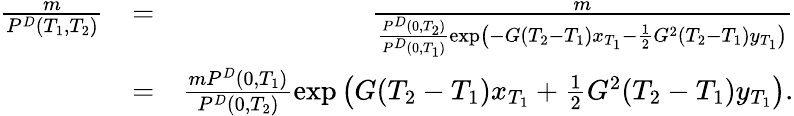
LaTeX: \begin{array}{rlr}{\frac{m}{P^{D}(T_{1},T_{2})}}&{=}&{\frac{m}{\frac{P^{D}(0,T_{2})}{P^{D}(0,T_{1})}\exp\left(-G(T_{2}-T_{1})x_{T_{1}}-\frac{1}{2}G^{2}(T_{2}-T_{1})y_{T_{1}}\right)}}\\ &{=}&{\frac{mP^{D}(0,T_{1})}{P^{D}(0,T_{2})}\exp\left(G(T_{2}-T_{1})x_{T_{1}}+\frac{1}{2}G^{2}(T_{2}-T_{1})y_{T_{1}}\right).}\end{array}